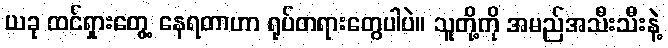
ယခု ထင်ရှားတွေ့ နေရတာဟာ ရုပ်တရားတွေပါပဲ။ သူတို့ကို အမည်အသီးသီးနဲ့